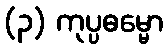
(၃) ကုပ္ပဓမ္မော